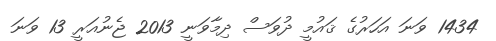
1434 ވަނަ އަހަރުގެ ޤައުމީ ދުވަސް ދިމާވަނީ 2013 ޖެނުއަރީ 13 ވަނަ